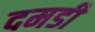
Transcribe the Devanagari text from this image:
दमडी